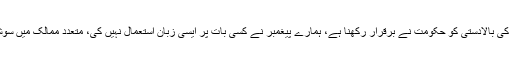
ہم سنجیدہ اقدامات چاہتے ہیں، آئین کی بالادستی کو حکومت نے برقرار رکھنا ہے، ہمارے پیغمبر نے کسی بات پر ایسی زبان استعمال نہیں کی، متعدد ممالک میں سوشل میڈیا کو ریگولیٹ کیا جاتا ہے۔